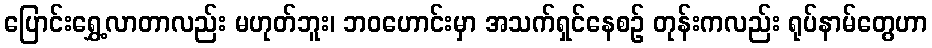
ပြောင်းရွှေ့လာတာလည်း မဟုတ်ဘူး၊ ဘဝဟောင်းမှာ အသက်ရှင်နေစဉ် တုန်းကလည်း ရုပ်နာမ်တွေဟာ